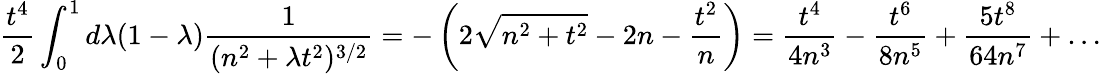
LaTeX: {\frac{t^{4}}{2}}\int_{0}^{1}d\lambda(1-\lambda){\frac{1}{(n^{2}+\lambda t^{2})^{3/2}}}=-\left(2\sqrt{n^{2}+t^{2}}-2n-{\frac{t^{2}}{n}}\right)={\frac{t^{4}}{4n^{3}}}-{\frac{t^{6}}{8n^{5}}}+{\frac{5t^{8}}{64n^{7}}}+\ldots